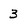
Character: 3